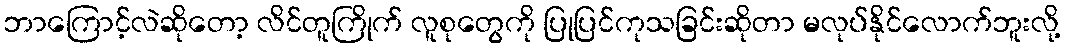
ဘာကြောင့်လဲဆိုတော့ လိင်တူကြိုက် လူစုတွေကို ပြုပြင်ကုသခြင်းဆိုတာ မလုပ်နိုင်လောက်ဘူးလို့